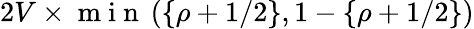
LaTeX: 2V\times\mathrm{~m~i~n~}\left(\{ \rho+1/2\} ,1-\{ \rho+1/2\} \right)